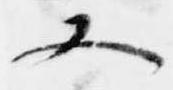
又